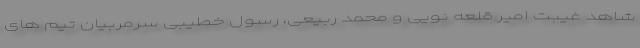
شاهد غیبت امیر قلعه نویی و محمد ربیعی، رسول خطیبی سرمربیان تیم های